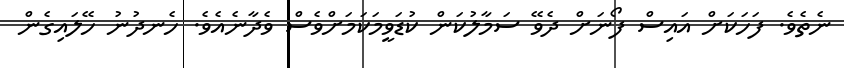
ނެތެވެ. ފަހަކަށް އައިސް ފޯނަށް ދެވޭ ސަމާލުކަން ކުޑަވީމަކަމަށްވެސް ވެދާނެއެވެ. ހެނދުނު ހޭލައިގެން